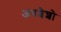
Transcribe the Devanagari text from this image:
अवशेशो